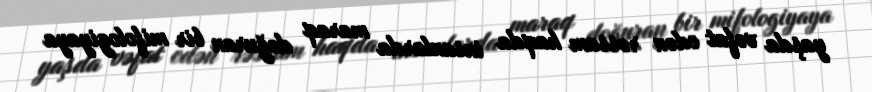
yaşda vəfat edən rəssam haqda insanlarda maraq doğuran bir mifologiyaya